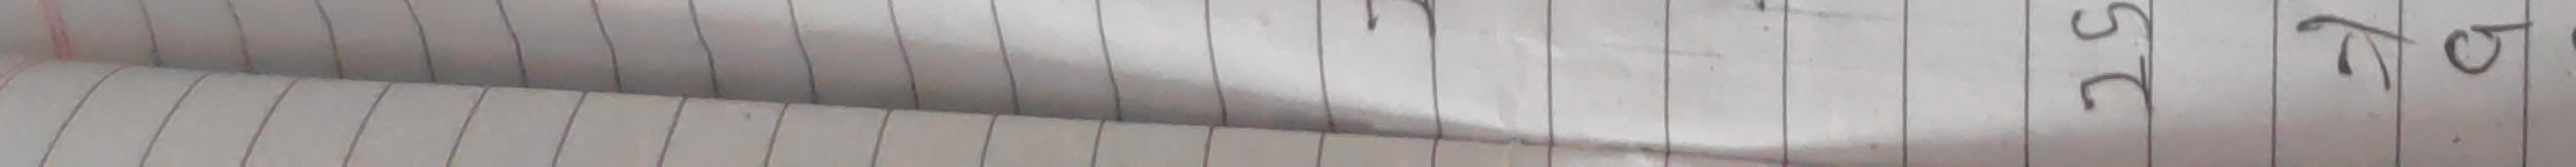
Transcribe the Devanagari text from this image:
१२५८७